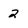
Character: 2